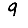
Digit: 9